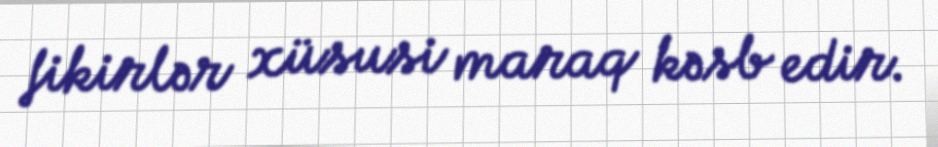
fikirlər xüsusi maraq kəsb edir.